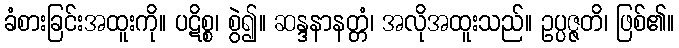
ခံစားခြင်းအထူးကို။ ပဋိစ္စ၊ စွဲ၍။ ဆန္ဒနာနတ္တံ၊ အလိုအထူးသည်။ ဥပ္ပဇ္ဇတိ၊ ဖြစ်၏။